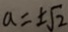
a = \pm \sqrt { 2 }